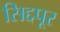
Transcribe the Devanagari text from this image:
सिद्दपूर